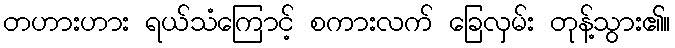
တဟားဟား ရယ်သံကြောင့် စကားလက် ခြေလှမ်း တုန့်သွား၏။